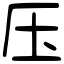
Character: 压